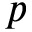
p